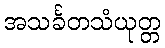
အသင်္ခတသံယုတ္တ